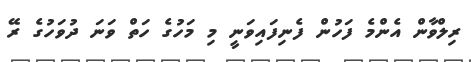
ރިލްވާން އެންމެ ފަހުން ފެނިފައިވަނީ މި މަހުގެ ހަތް ވަނަ ދުވަހުގެ ރޭ